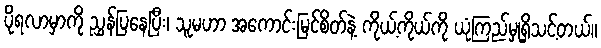
ပိုရလာမှာကို ညွှန်ပြနေပြီး၊ သူမဟာ အကောင်းမြင်စိတ်နဲ့ ကိုယ့်ကိုယ်ကို ယုံကြည်မှုရှိသင့်တယ်။